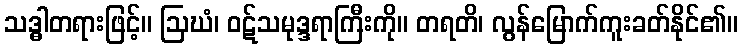
သဒ္ဓါတရားဖြင့်။ ဩဃံ၊ ဝဋ်သမုဒ္ဒရာကြီးကို။ တရတိ၊ လွန်မြောက်ကူးခတ်နိုင်၏။